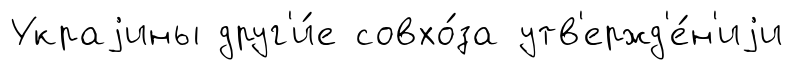
Украjины друг'и́е совхо́за утв'ержд'е́н'иjи